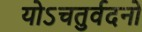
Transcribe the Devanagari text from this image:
योऽचतुर्वदनो